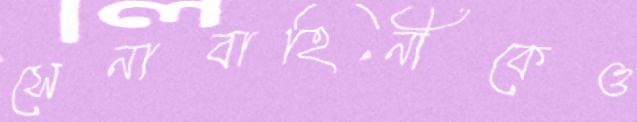
সেনাবাহিনীকেও